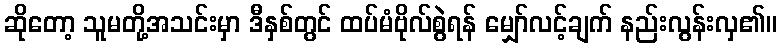
ဆိုတော့ သူမတို့အသင်းမှာ ဒီနှစ်တွင် ထပ်မံဗိုလ်စွဲရန် မျှော်လင့်ချက် နည်းလွန်းလှ၏။